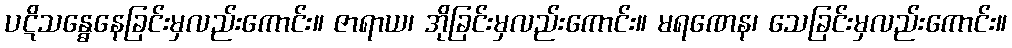
ပဋိသန္ဓေနေခြင်းမှလည်းကောင်း။ ဇာရာယ၊ အိုခြင်းမှလည်းကောင်း။ မရဏေန၊ သေခြင်းမှလည်းကောင်း။